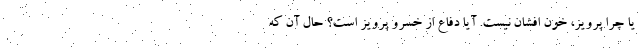
یا چرا پرویز، خون افشان نیست. آیا دفاع از خسرو پرویز است؟ حال آن که